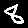
Digit: 8